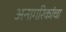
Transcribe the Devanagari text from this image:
अनागरिकांचा